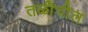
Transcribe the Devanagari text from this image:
तळीचील